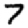
Digit: 7